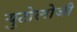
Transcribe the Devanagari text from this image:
युटोलोजी